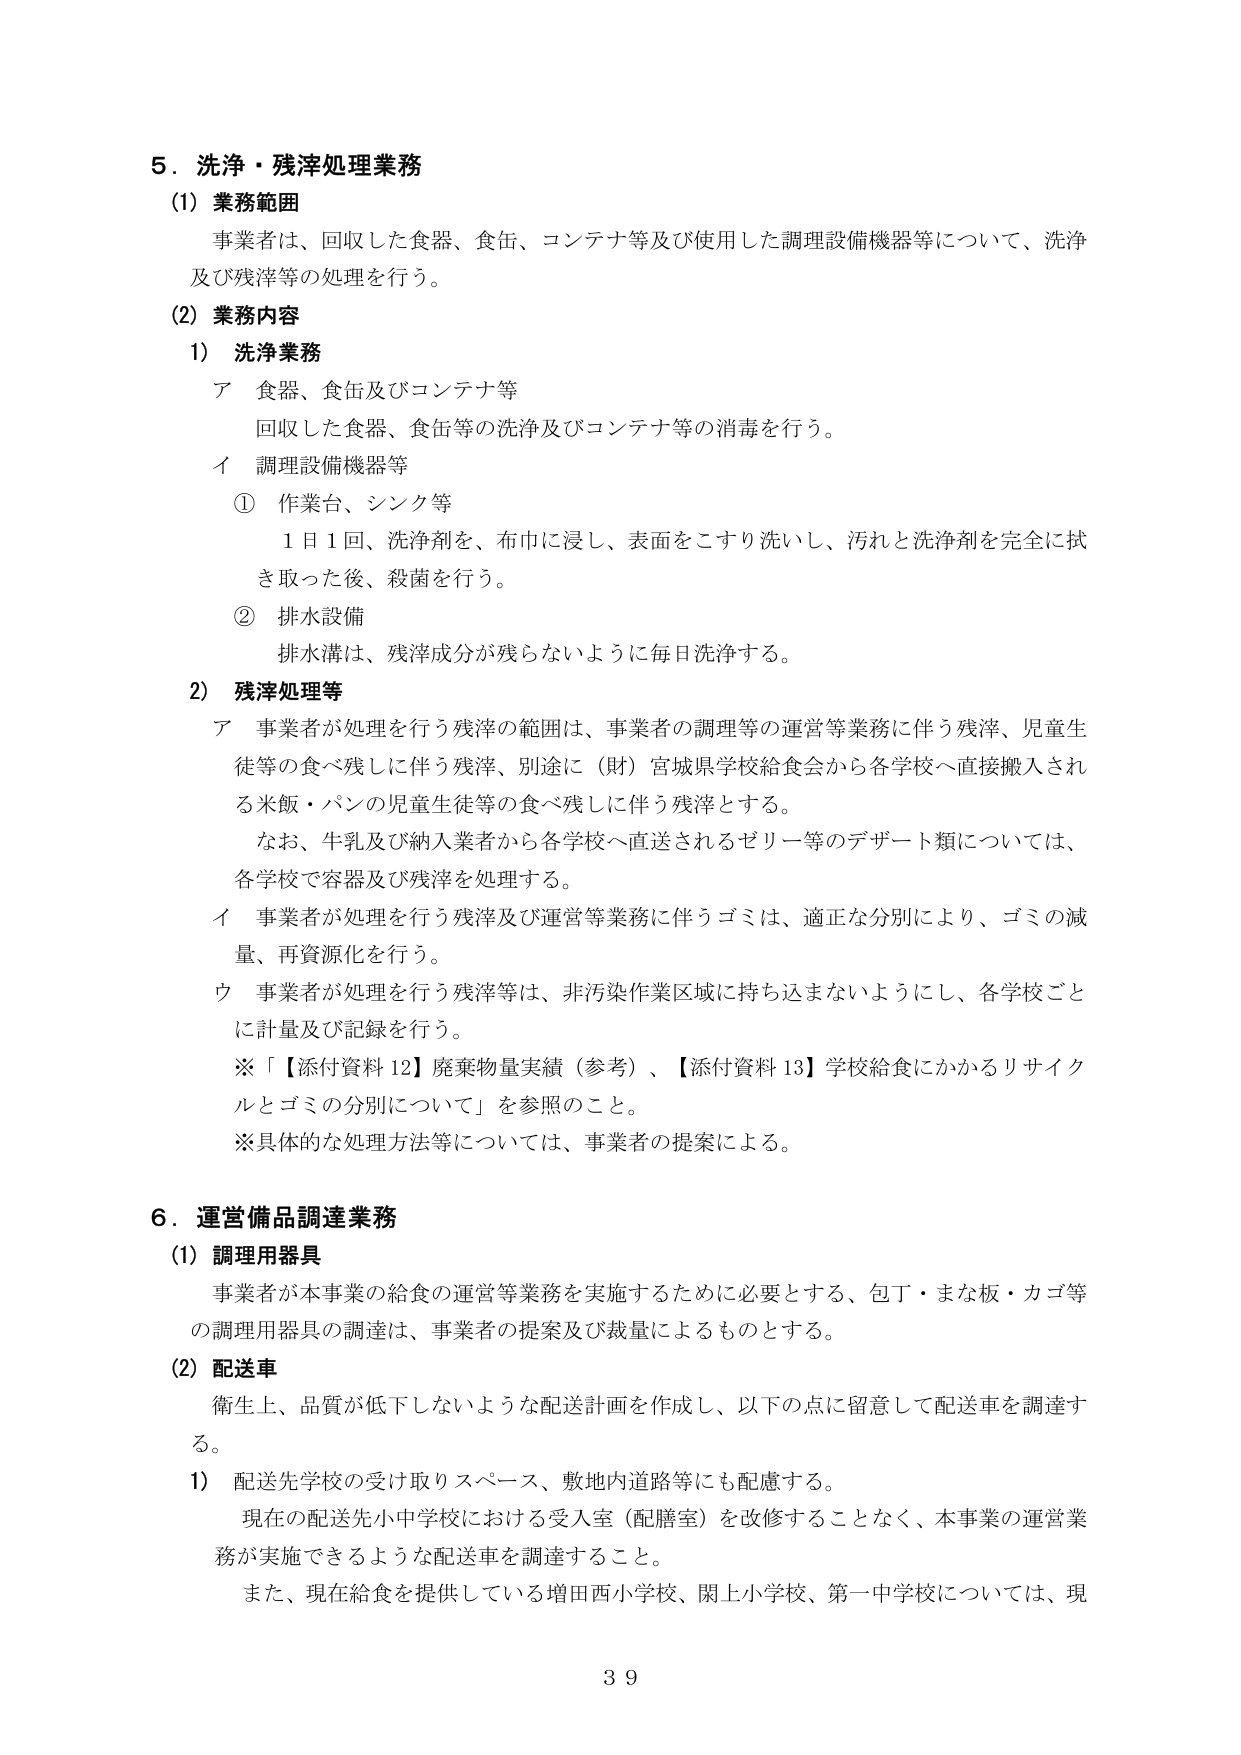
５．洗浄・残滓処理業務
（1）業務範囲
事業者は、回収した食器、食缶、コンテナ等及び使用した調理設備機器等について、洗浄及び残滓等の処理を行う。

（2）業務内容
1）洗浄業務
ア 食器、食缶及びコンテナ等
　回収した食器、食缶等の洗浄及びコンテナ等の消毒を行う。
イ 調理設備機器等
　① 作業台、シンク等
　　１日１回、洗浄剤を、布巾に浸し、表面をこすり洗いし、汚れと洗浄剤を完全に拭き取った後、殺菌を行う。
　② 排水設備
　　排水溝は、残滓成分が残らないように毎日洗浄する。

2）残滓処理等
ア 事業者が処理を行う残滓の範囲は、事業者の調理等の運営等業務に伴う残滓、児童生徒等の食べ残しに伴う残滓、別途に（財）宮城県学校給食会から各学校へ直接搬入される米飯・パンの児童生徒等の食べ残しに伴う残滓とする。
　なお、牛乳及び納入業者から各学校へ直送されるゼリー等のデザート類については、各学校で容器及び残滓を処理する。
イ 事業者が処理を行う残滓及び運営等業務に伴うゴミは、適正な分別により、ゴミの減量、再資源化を行う。
ウ 事業者が処理を行う残滓等は、非汚染作業区域に持ち込まないようにし、各学校ごとに計量及び記録を行う。
※「【添付資料12】廃棄物量実績（参考）、【添付資料13】学校給食にかかるリサイクルとゴミの分別について」を参照のこと。
※具体的な処理方法等については、事業者の提案による。

６．運営備品調達業務
（1）調理用器具
事業者が本事業の給食の運営等業務を実施するために必要とする、包丁・まな板・カゴ等の調理用器具の調達は、事業者の提案及び裁量によるものとする。

（2）配送車
衛生上、品質が低下しないような配送計画を作成し、以下の点に留意して配送車を調達する。
1）配送先学校の受け取りスペース、敷地内道路等にも配慮する。
　現在の配送先小中学校における受入室（配膳室）を改修することなく、本事業の運営業務が実施できるような配送車を調達すること。
　また、現在給食を提供している増田西小学校、関上小学校、第一中学校については、現

39